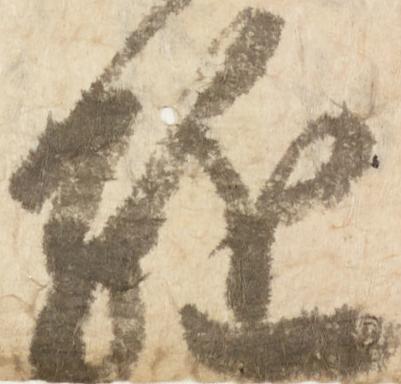
駈